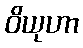
ဝိယုဟာ